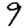
Digit: 9